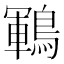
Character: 鶤